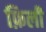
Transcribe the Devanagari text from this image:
फ़िली